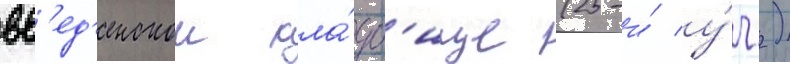
вв'ед'енском кла́дб'ище (25-и́ у́ч.)